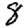
Digit: 8